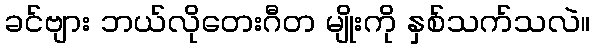
ခင်ဗျား ဘယ်လိုတေးဂီတ မျိုးကို နှစ်သက်သလဲ။